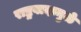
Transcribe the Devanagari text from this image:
राष्ट्रवादामुळे